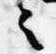
之